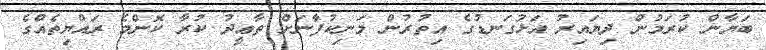
ބަޔާން ކުރަމުން ދިޔައިރު އަޅުގަނޑުގެ އިތުރުން މަނިކުފާނަށް ތާޢީދު ކުރާ ކޮންމެ ރައްޔިތެއްގެ